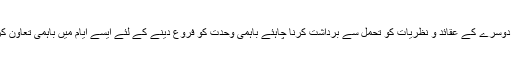
ہمیں ا یک دوسرے کے عقائد و نظریات کو تحمل سے برداشت کرنا چاہئے باہمی وحدت کو فروع دینے کے لئے ایسے ایام میں باہمی تعاون کرنا چاہئے۔